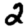
Digit: 2